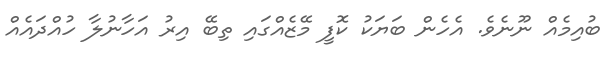
ބުއިމެއް ނޫނެވެ. އެހެން ބަޔަކު ކޮފީ މޭޒެއްގައި ތިބޭ އިރު އަހާނުލާ ހުއްދައެއް